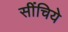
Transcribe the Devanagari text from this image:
सींचिये